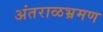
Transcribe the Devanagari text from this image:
अंतराळभ्रमण